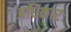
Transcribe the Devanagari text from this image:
अधिकारः